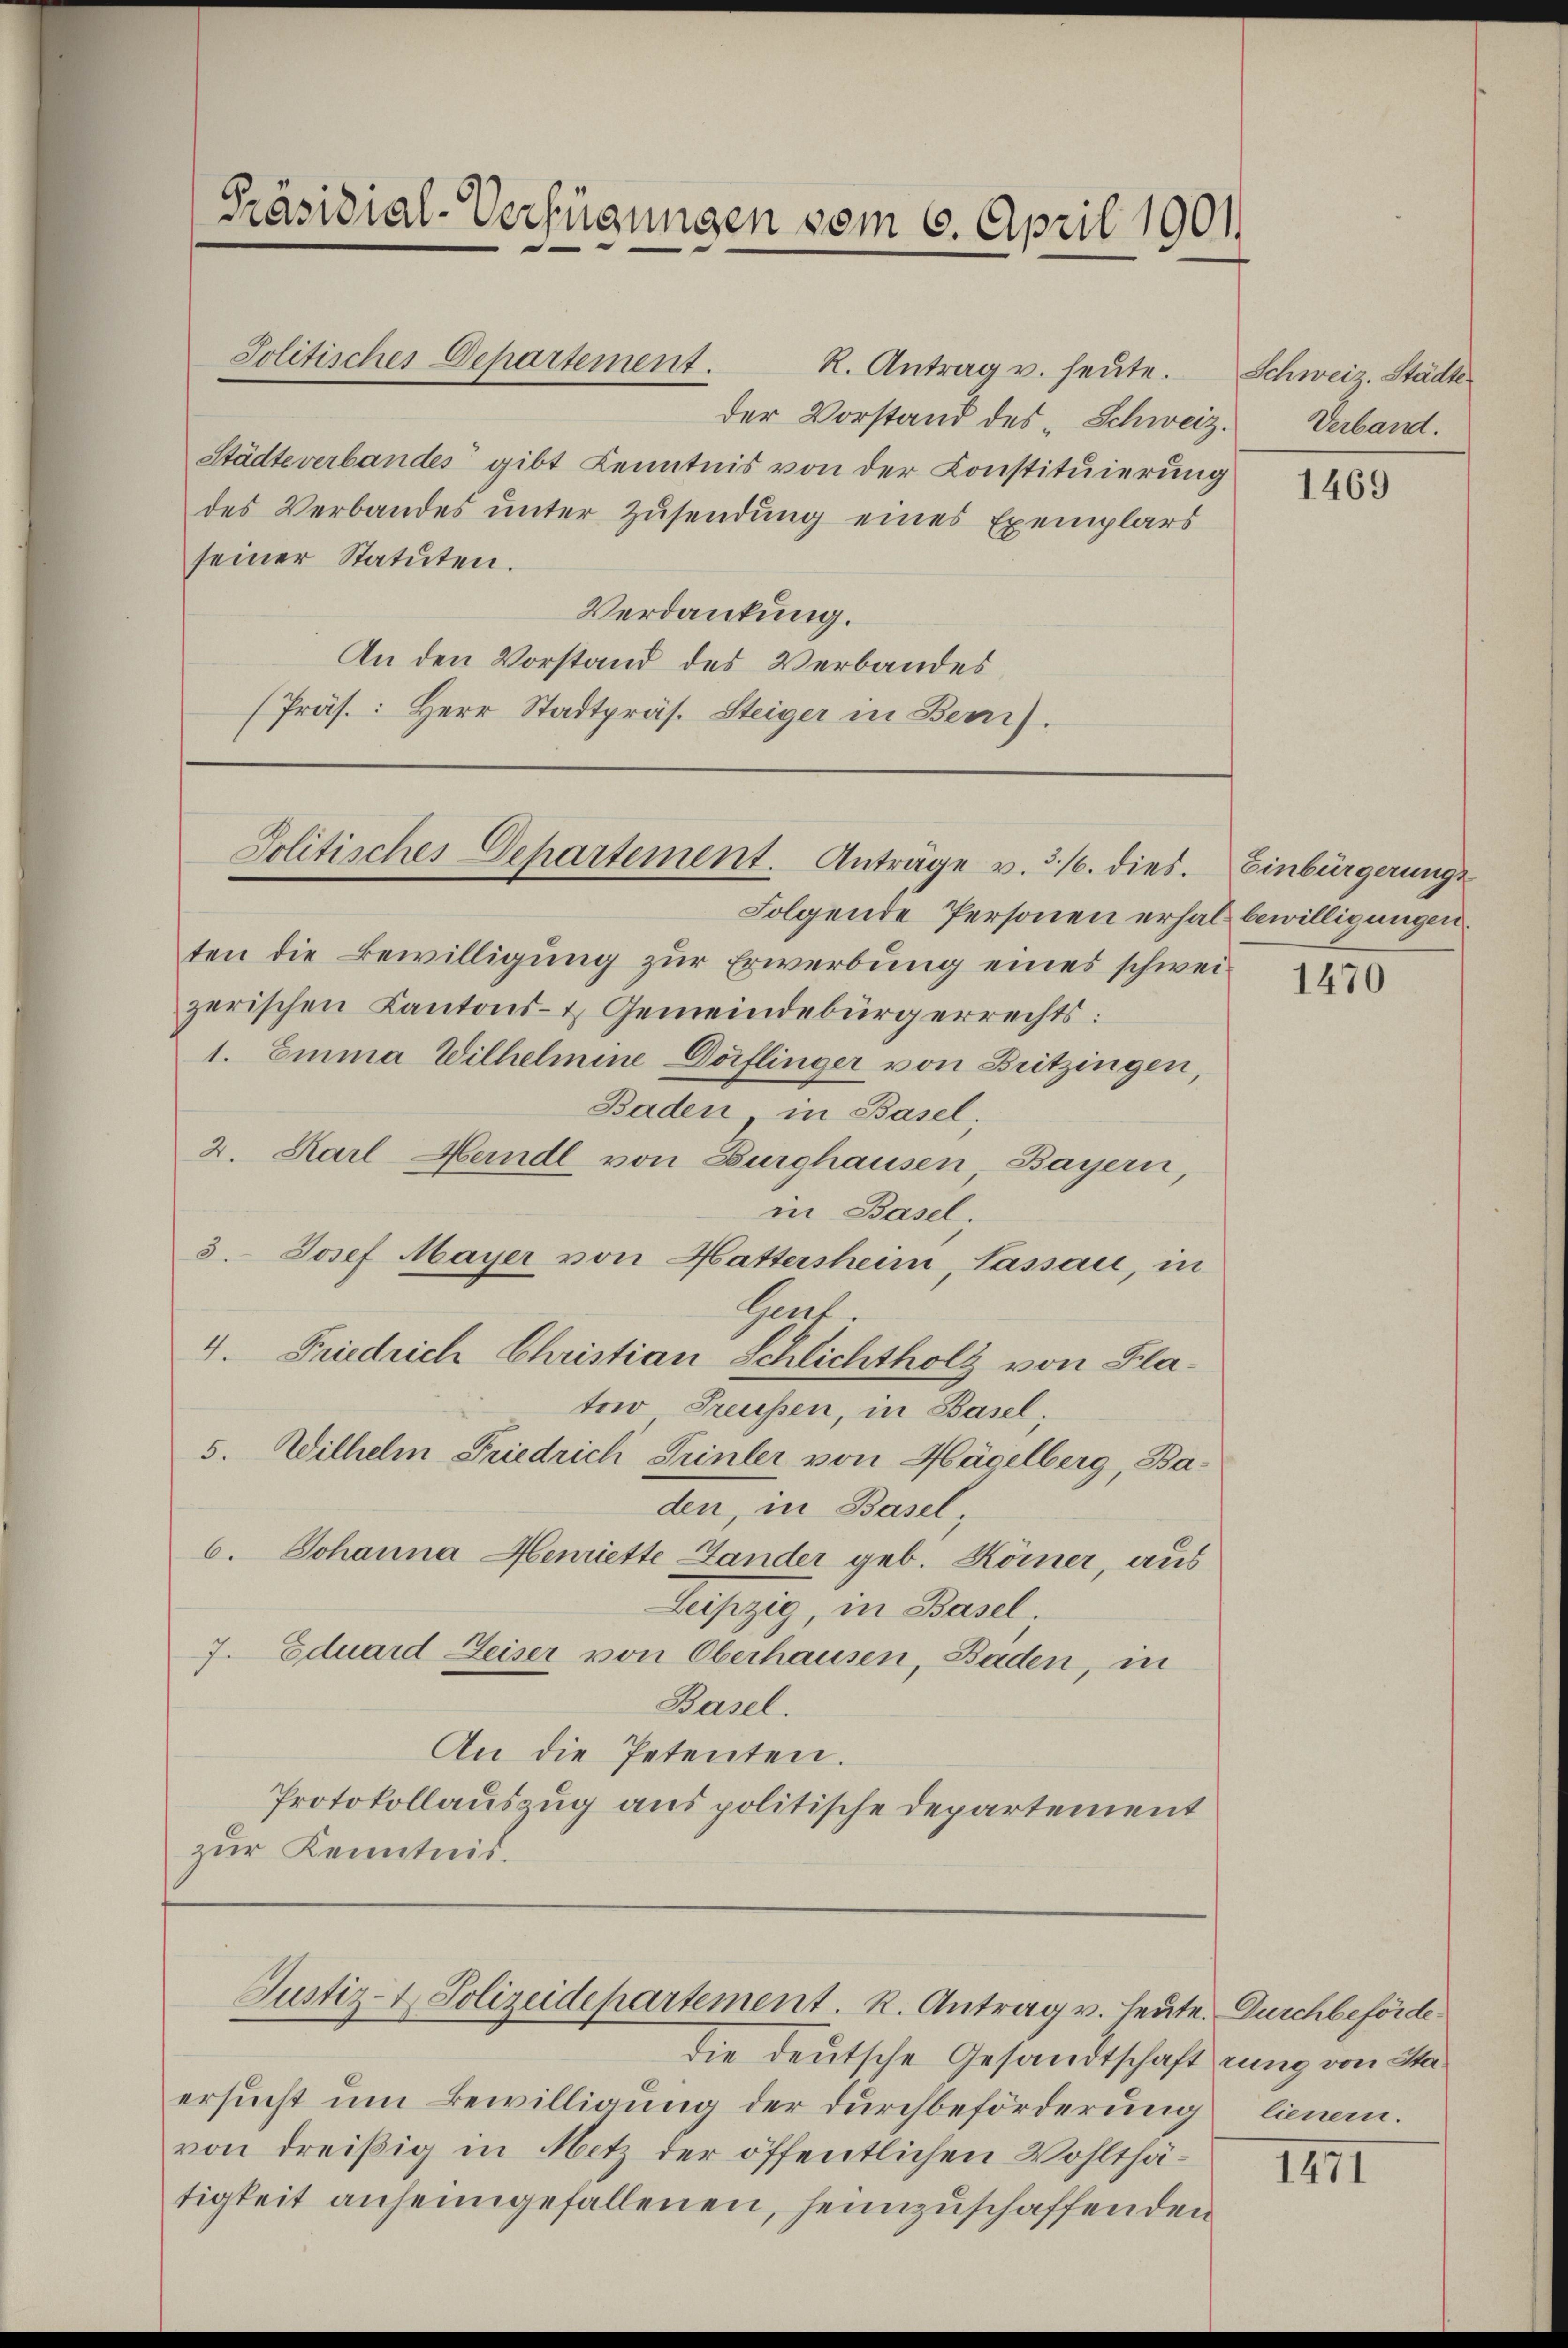
Präsidial-Verfügungen vom 6. April 1901.

R. Antrag u. heute. Schweiz. Städte
der Vorstand des Schweiz.
Städteverbandes gibt Kenntnis von der Constituierung
des Verbandes unter Zusendung eines Exemplars
seiner Statuten.
Verdankung.
An den Vorstand des Verbandes
(Präs.: Herr Stadtpräs. Steiger in Bem).

Politisches Departement.

Jolitisches Departement. Anträge v. 3./. dies. Einbürgerungs

Folgende Personen erhal bewilligungen.
ten die Bewilligung zur Erwerbung eines schweizerischen Kantons- & Gemeindebürgerrechts:
1. Emma Wilhelmine Dörflinger von Britzingen,
Baden, in Basel,
2. Karl Heidl von Burghausen Bayern,
in Basel.
3. Josef Mayer von Hattersheim, Lassau, in
Genf.
4. Friedrich Christian Schlichtholz von Platowo Treussen, in Basel;
5. Wilhelm Friedrich Trinter von Hagelberg, Baden, in Basel,
6. Johanna Henriette Lander geb. Körner, aus
Leipzig, in Basel,
7. Eduard Geiser von Oberhausen, Baden, in
Basel.
An die Petenten.
Protokollauszug aus politische Departement
zur Kenntnis.

die deutsche Gesandtschaft zung von Staersucht um Bewilligung der durchbeförderung lienern.
von dreißig in Netz der öffentlichen Wohlthätigkeit anheimgefallenen, heimzuschaffenden

Justiz- & Polizeidepartement. K. Antrag v. Heute. Durchbeförde

Verband.

1469

1470

1471